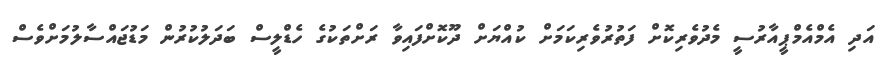
އަދި އެމްއެމްޕީއާރުސީ މެދުވެރިކޮށް ފަތުރުވެރިކަމަށް ކުއްޔަށް ދޫކޮށްފައިވާ ރަށްތަކުގެ ހެޑްލީސް ބަދަލުކުރުން މަޑުޖައްސާލުމަށްވެސް